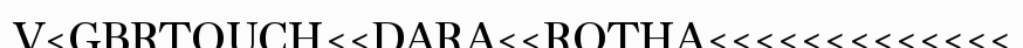
V<GBRTOUCH<<DARA<<ROTHA<<<<<<<<<<<<<